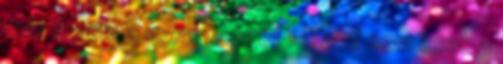
már értem a merevségét is, ami nem csak a